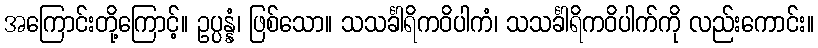
အကြောင်းတို့ကြောင့်။ ဥပ္ပန္နံ၊ ဖြစ်သော။ သသင်္ခါရိကဝိပါကံ၊ သသင်္ခါရိကဝိပါက်ကို လည်းကောင်း။